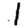
Digit: 1